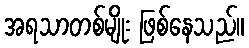
အရသာတစ်မျိုး ဖြစ်နေသည်။